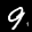
Label: 9